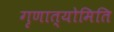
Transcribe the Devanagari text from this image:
गृणात्योमिति